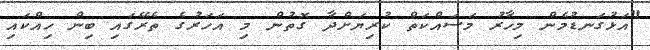
"އަޅުގަނޑުމެން މިހާރު މަސައްކަތް ކުރިޔަށްދާ ގޮތުން މި އަހަރުގެ ތެރޭގައި ބިން ހިއްކައި